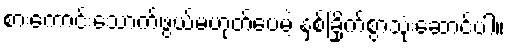
စားကောင်းသောက်ဖွယ်မဟုတ်ပေမဲ့ နှစ်ခြိုက်စွာသုံးဆောင်ပါ။